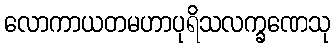
လောကာယတမဟာပုရိသလက္ခဏေသု